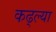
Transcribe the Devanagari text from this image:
कढ्ल्या